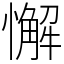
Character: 懈